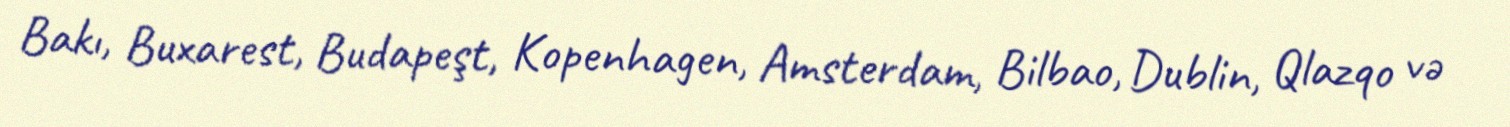
Bakı, Buxarest, Budapeşt, Kopenhagen, Amsterdam, Bilbao, Dublin, Qlazqo və